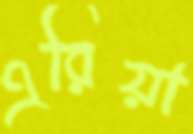
এরিয়া